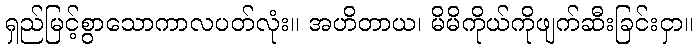
ရှည်မြင့်စွာသောကာလပတ်လုံး။ အဟိတာယ၊ မိမိကိုယ်ကိုဖျက်ဆီးခြင်းငှာ။